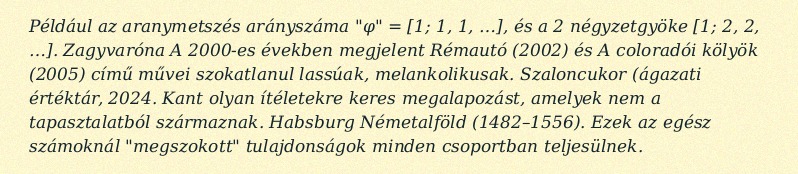
Például az aranymetszés arányszáma "φ" = [1; 1, 1, …], és a 2 négyzetgyöke [1; 2, 2, …]. Zagyvaróna A 2000-es években megjelent Rémautó (2002) és A coloradói kölyök (2005) című művei szokatlanul lassúak, melankolikusak. Szaloncukor (ágazati értéktár, 2024. Kant olyan ítéletekre keres megalapozást, amelyek nem a tapasztalatból származnak. Habsburg Németalföld (1482–1556). Ezek az egész számoknál "megszokott" tulajdonságok minden csoportban teljesülnek.